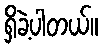
ရှိခဲ့ပါတယ်။